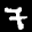
Label: 7